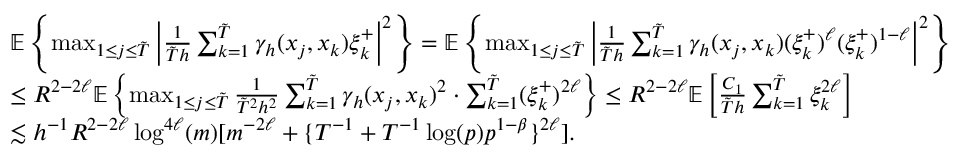
\begin{array} { r l } & { \mathbb { E } \left\{ \operatorname* { m a x } _ { 1 \leq j \leq \tilde { T } } \left| \frac { 1 } { \tilde { T } h } \sum _ { k = 1 } ^ { \tilde { T } } \gamma _ { h } ( x _ { j } , x _ { k } ) \xi _ { k } ^ { + } \right| ^ { 2 } \right\} = \mathbb { E } \left\{ \operatorname* { m a x } _ { 1 \leq j \leq \tilde { T } } \left| \frac { 1 } { \tilde { T } h } \sum _ { k = 1 } ^ { \tilde { T } } \gamma _ { h } ( x _ { j } , x _ { k } ) ( \xi _ { k } ^ { + } ) ^ { \ell } ( \xi _ { k } ^ { + } ) ^ { 1 - \ell } \right| ^ { 2 } \right\} } \\ & { \leq R ^ { 2 - 2 \ell } \mathbb { E } \left\{ \operatorname* { m a x } _ { 1 \leq j \leq \tilde { T } } \frac { 1 } { \tilde { T } ^ { 2 } h ^ { 2 } } \sum _ { k = 1 } ^ { \tilde { T } } \gamma _ { h } ( x _ { j } , x _ { k } ) ^ { 2 } \cdot \sum _ { k = 1 } ^ { \tilde { T } } ( \xi _ { k } ^ { + } ) ^ { 2 \ell } \right\} \leq R ^ { 2 - 2 \ell } \mathbb { E } \left[ \frac { C _ { 1 } } { \tilde { T } h } \sum _ { k = 1 } ^ { \tilde { T } } \xi _ { k } ^ { 2 \ell } \right] } \\ & { \lesssim h ^ { - 1 } R ^ { 2 - 2 \ell } \log ^ { 4 \ell } ( m ) [ m ^ { - 2 \ell } + \{ T ^ { - 1 } + T ^ { - 1 } \log ( p ) p ^ { 1 - \beta } \} ^ { 2 \ell } ] . } \end{array}